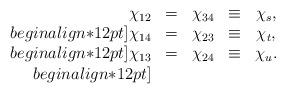
LaTeX: \begin{align*}\begin{array}{rclrcl} \chi_{12}&=&\chi_{34}&\equiv&\chi_s,\\begin{align*}12pt] \chi_{14}&=&\chi_{23}&\equiv&\chi_t,\\begin{align*}12pt] \chi_{13}&=&\chi_{24}&\equiv&\chi_u.\\begin{align*}12pt] \end{array} \end{align*}